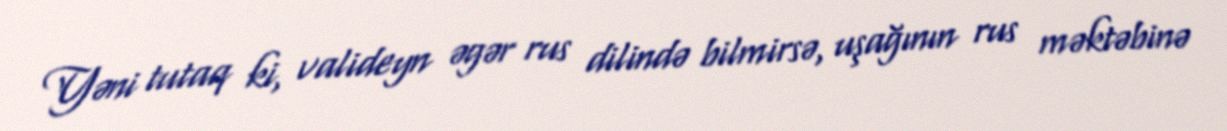
Yəni tutaq ki, valideyn əgər rus dilində bilmirsə, uşağının rus məktəbinə